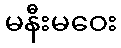
မနီးမဝေး